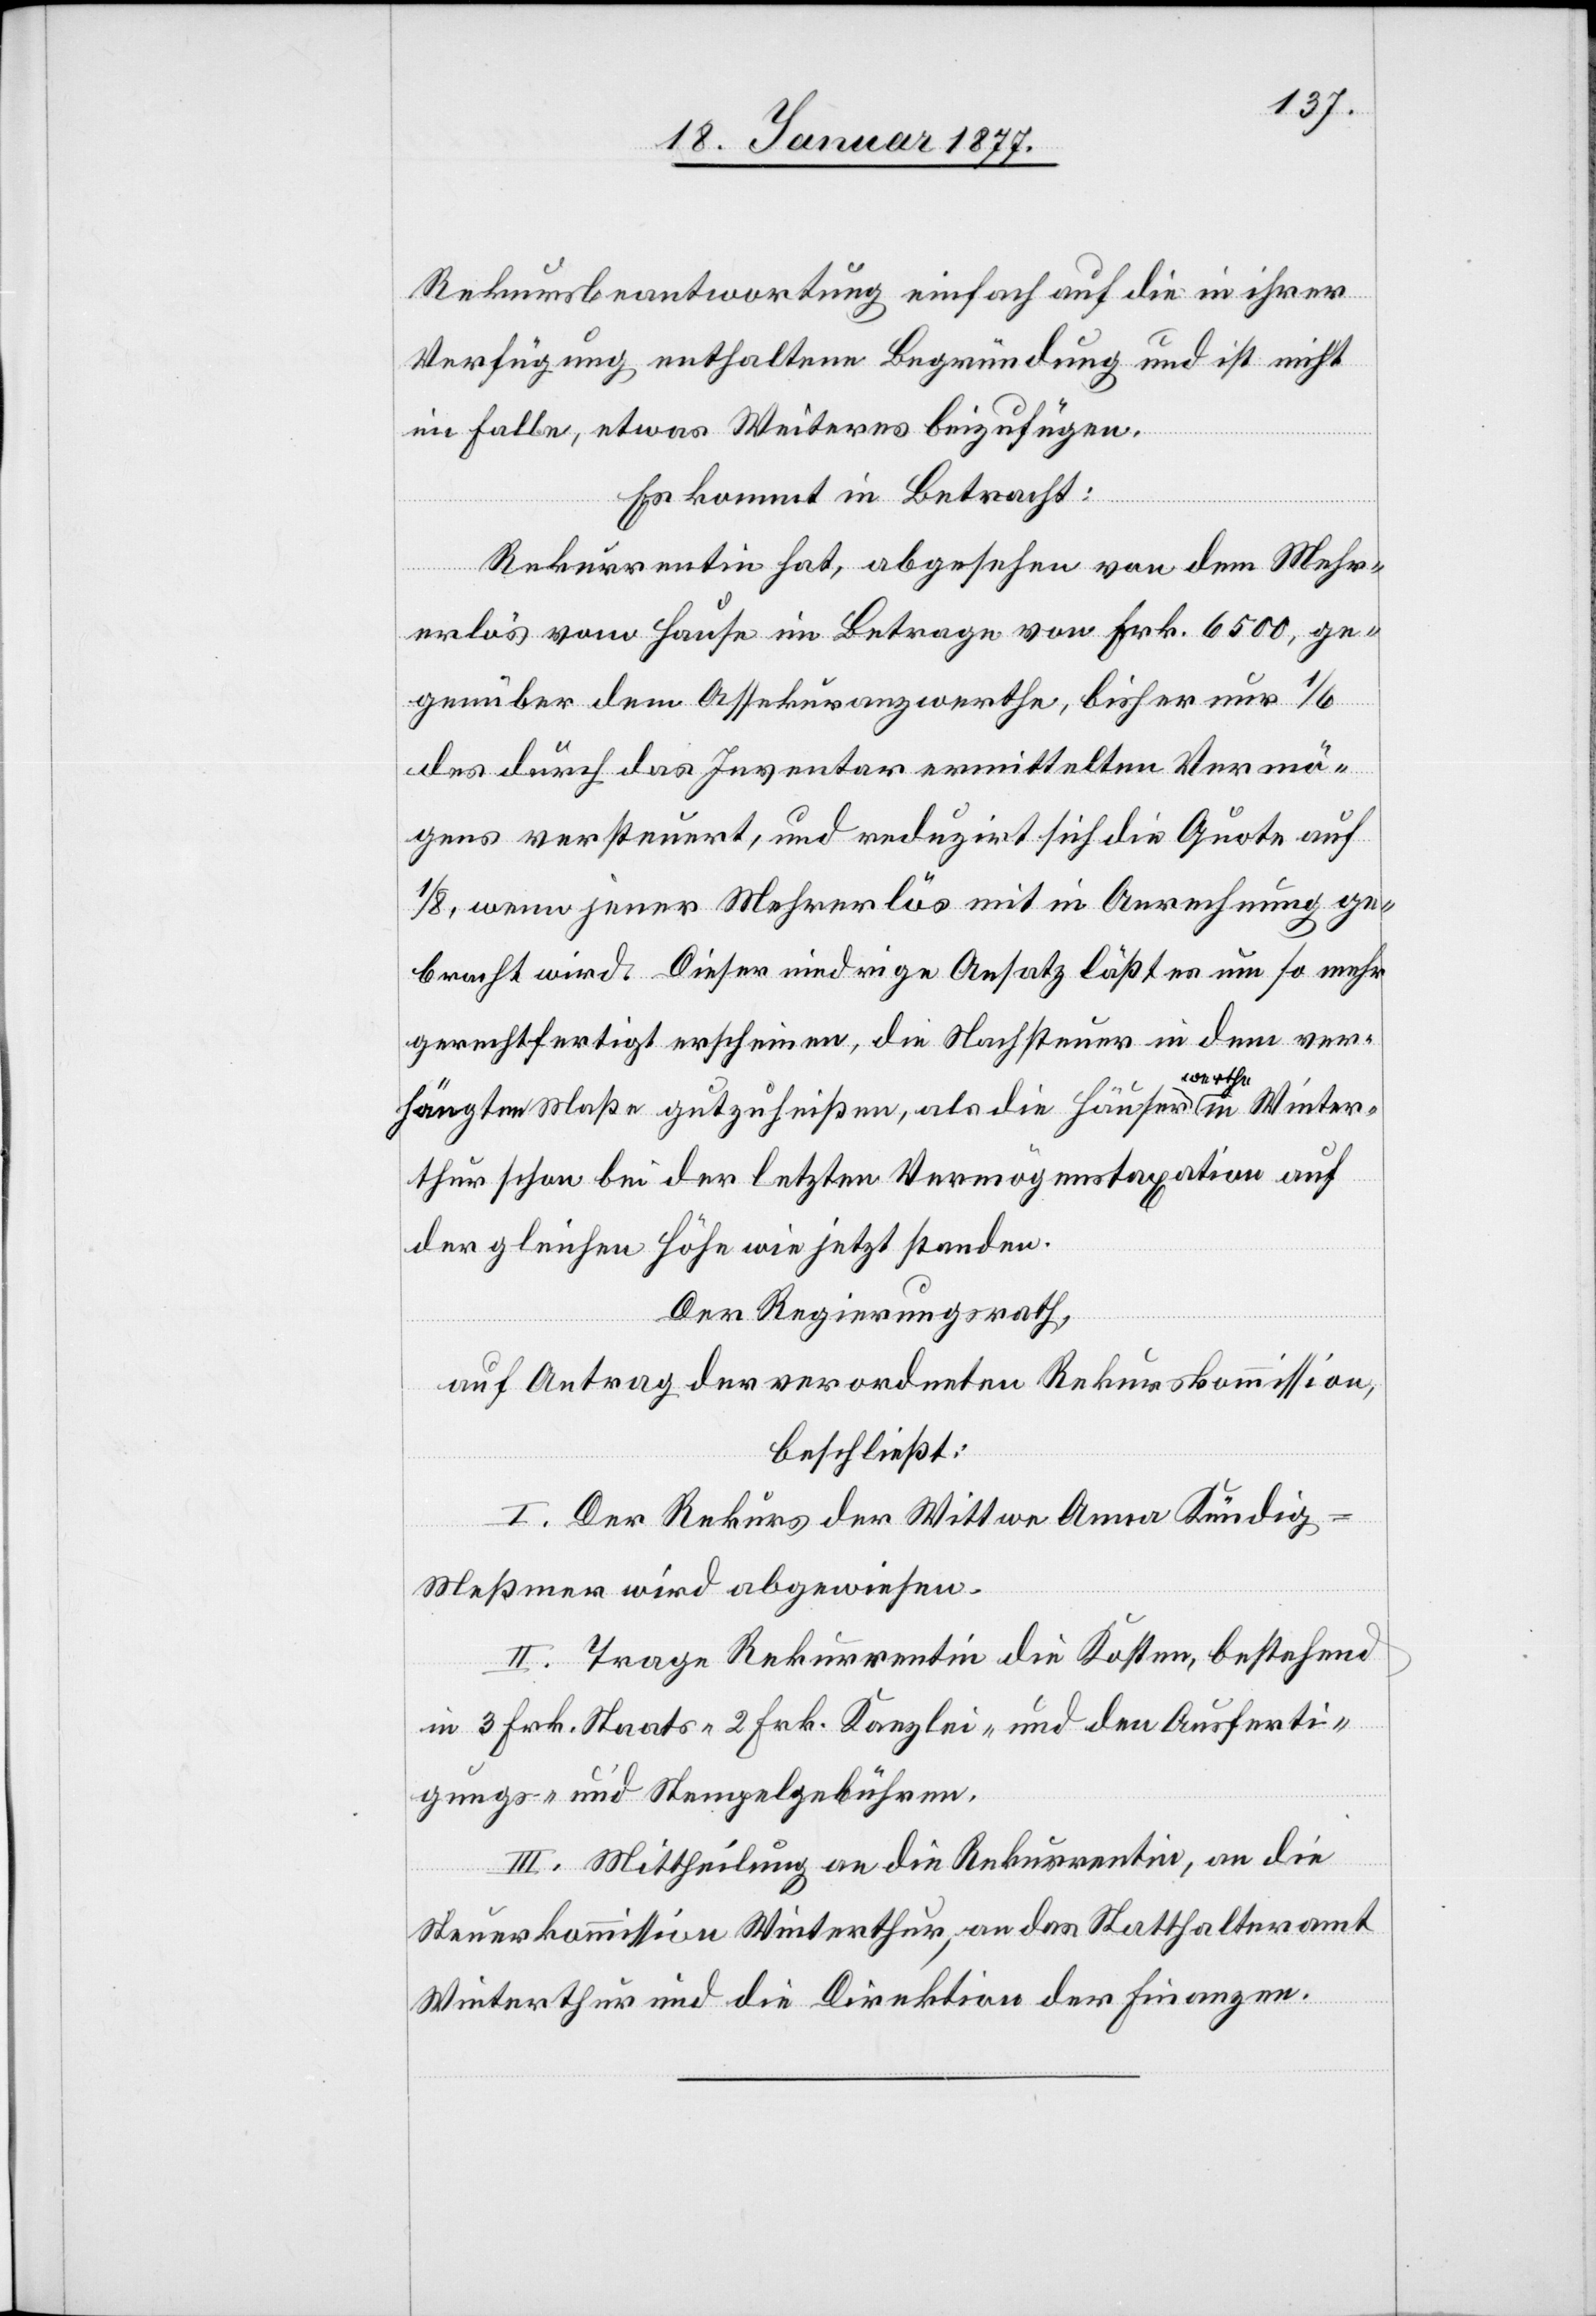
Rekursbeantwortung einfach auf die in ihrer
Verfügung enthaltene Begründung und ist nicht
im Falle, etwas Weiters beizufügen.
Es kommt in Betracht:
Rekurrentin hat, abgesehen von dem Mehr¬
erlös vom Hause im Betrage von Frk. 600, ge¬
genüber dem Assekuranzwerthe, bisher nur 1/6
des durch das Inventar ermittelten Vermö¬
gens versteuert, und reduzirt sich die Quote auf
1/8, wenn jener Mehrerlös mit in Anrechnung ge¬
bracht wird. Dieser niedrige Ansatz läßt es um so mehr
gerechtfertigt erscheinen, die Nachsteuer in dem ver¬
hängten Maße gutzuheißen, als die Häusera-werthe-a in Winter¬
thur schon bei der letzten Vermögenstaxation auf
der gleichen Höhe wie jetzt standen.
Der Regierungsrath,
auf Antrag der verordneten Rekurskommission,
beschließt:
I. Der Rekurs der Wittwe Anna Kündig-M¬
eßmer wird abgewiesen.
II. Trage die Rekurrentin die Kosten, bestehend
in 3 Frk. Staats-[,] 2 Frk. Kanzlei- und den Ausferti¬
gungs- und Stempelgebühren.
III. Mittheilung an die Rekurrentin, an die
Steuerkommission Winterthur, an das Statthalteramt
Winterthur und die Direktion der Finanzen.